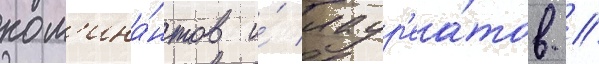
ном'ина́нтов и́ лаур'еа́тов //